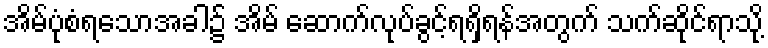
အိမ်ပုံစံရသောအခါ၌ အိမ် ဆောက်လုပ်ခွင့်ရရှိရန်အတွက် သက်ဆိုင်ရာသို့